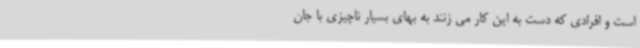
است و افرادی که دست به این کار می زنند به بهای بسیار ناچیزی با جان